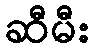
ဆီမီး